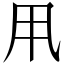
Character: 𠂡